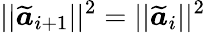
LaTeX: ||\widetilde{\boldsymbol{a}}_{i+1}||^{2}=||\widetilde{\boldsymbol{a}}_{i}||^{2}